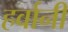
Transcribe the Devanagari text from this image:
हर्वानी